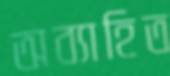
অব্যাহিত